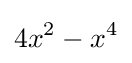
4x^{2}-x^{4}